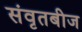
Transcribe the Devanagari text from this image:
संवृतबीज